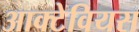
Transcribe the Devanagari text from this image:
आक्टेवियस